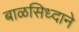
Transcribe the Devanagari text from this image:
बाळसिध्दाने